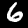
Label: 6